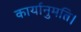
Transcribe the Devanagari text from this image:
कार्यानुमति।